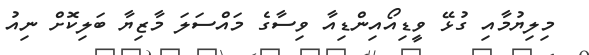
މިލިޔުމާއި ގުޅޭ ވީޑިއޯއިންޑިއާ ވިސާގެ މައްސަލަ މާޒިޔާ ބަލިކޮށް ނިއު